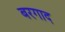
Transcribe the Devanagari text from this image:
बरगाद